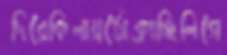
দিরেকিলায়ঠোক্‌রাচ্ছিলিগে